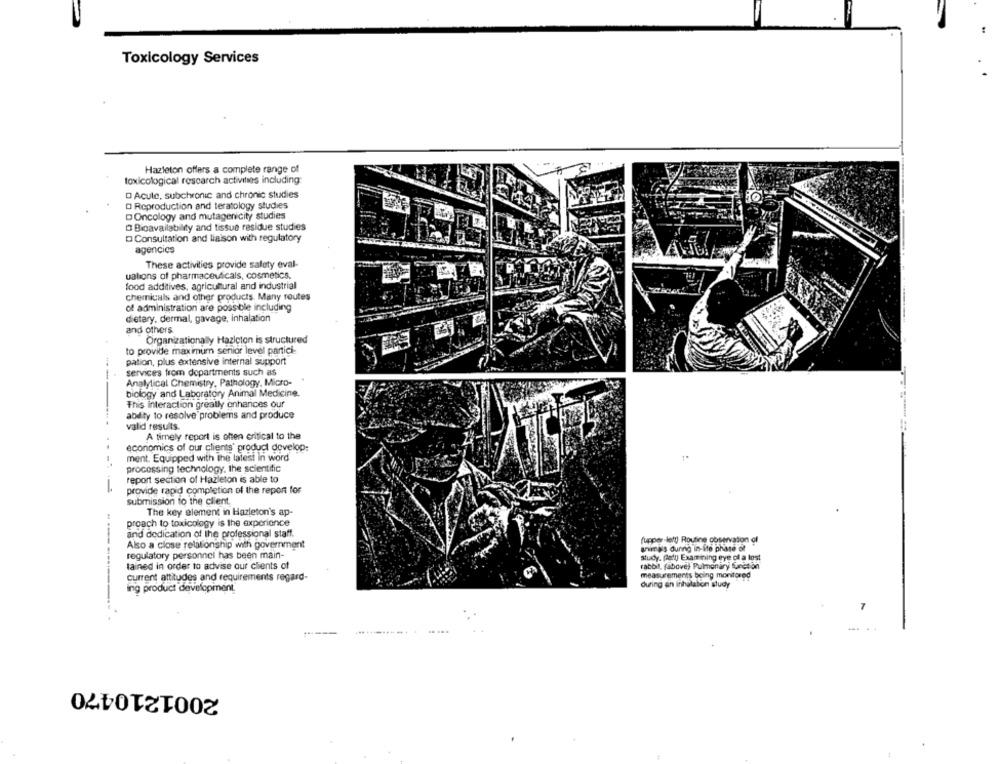
Toxicology Services
Hazleton offers a complete range of
toxicological research activities including
O Acute, subchronic and chronic studies
D Reproduction and teratology studies
D Oncology and mutagenicity studies
O Bioavailability and tissue residue studies
D Consultation and liaison with regulatory
agencies
These activities provide safety eval-
uations of pharmaceuticals, cosmetics.
food additives, agricultural and industrial
chemicals and other products. Many routes
of administration are possible including
dietary, dermal, gavage, inhalation
and others
Organizationally Hazleton is structured
to provide maximum senior level partici-
pation, plus extensive internal support
services from departments such as
Analytical Chemistry, Pathology, Micro-
biology and Laboratory Animal Medicine
This interaction greatly enhances our
ability to resolve problems and produce
valid results.
A timely report is ohten critical to the
..
economics of our clients' product develop:
ment. Equipped with the latest in word
processing technology, the scientific
report section of Hazleton is able to
provide rapid completion of the report for
submission to the client.
The key element in Hazleton's ap-
proach to toxicology is the experience
and dedication of the professional staff.
(upper-lety) Routine observation of
Also a close relationship with government
snimi's during in-itp phiase ot
regulatory personnel has been main-
study. padl) Examining eye ol a lost
lained in order to advise our clients of
rabbit, fabove) Pulmonary function
--------
measurements boing monitored
current attitudes and requirements regard-
ing product development.
during an inhalation study
7
2001210470